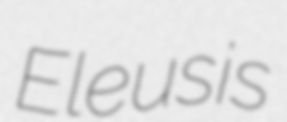
Eleusis